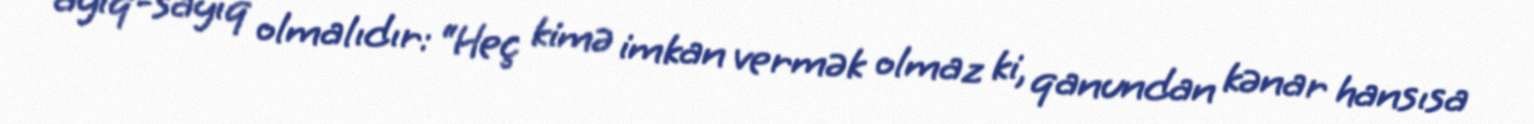
ayıq-sayıq olmalıdır: “Heç kimə imkan vermək olmaz ki, qanundan kənar hansısa